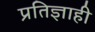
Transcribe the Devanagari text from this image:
प्रतिज्ञाही